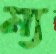
ম্য